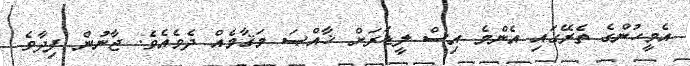
އެމީހުންގެ ތެރޭގައި އެންމެ އިސް ލީޑަރަށް ޚާއްޞަ މަޤާމެއް ދެވެއެވެ. ޖާނުން ފިދާވެ